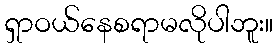
ရှာဝယ်နေစရာမလိုပါဘူး။